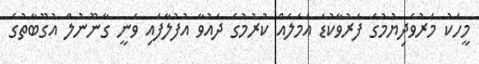
މީހަކު މަރުވެދިޔުމުގެ ފަރުވާކުޑަ އަމަލެއް ކުރުމުގެ ދައުވާ އުފުލާފައި ވަނީ ގާނޫނުލް އުގޫބާތުގެ